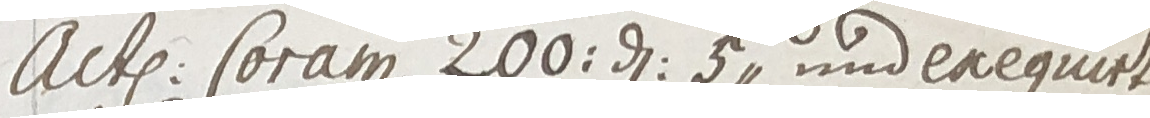
Actu: Coram 200: d: 5. und cxequirt